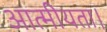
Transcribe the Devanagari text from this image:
आत्मीयता।